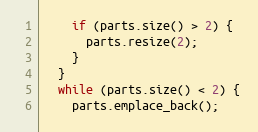
Language: C++
    if (parts.size() > 2) {
      parts.resize(2);
    }
  }
  while (parts.size() < 2) {
    parts.emplace_back();